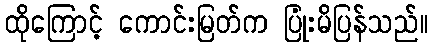
ထိုကြောင့် ကောင်းမြတ်က ပြုံးမိပြန်သည်။